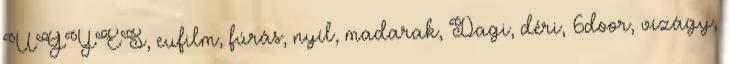
ÜGYES, eufilm, fúrás, nyíl, madarak, Dagi, déri, 6door, vízágy,